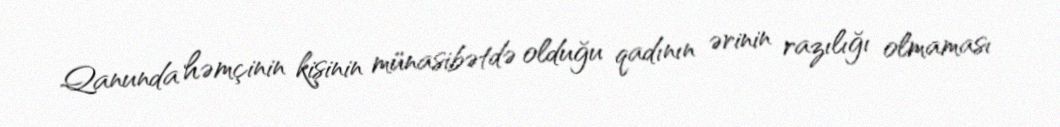
Qanunda həmçinin kişinin münasibətdə olduğu qadının ərinin razılığı olmaması